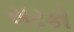
સરકો